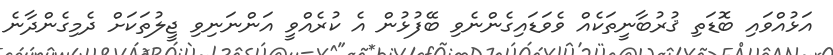
އަޅުއްވައި ބޮޑަތި ޤުރުބާނީތަކެއް ވެވަޑައިގެންނެވި ބޭފުޅުން އެ ކުރެއްވީ އަންނަނިވި ޖީލުތަކަށް ދެމިގެންދާނެ